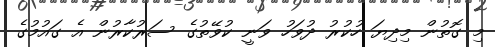
މި ގޮތުން މިދިޔަ ހުކުރު ދުވަހު ވަނީ ކުވޭތުގެ ސަރުކާރުން އެ ގައުމުގެ